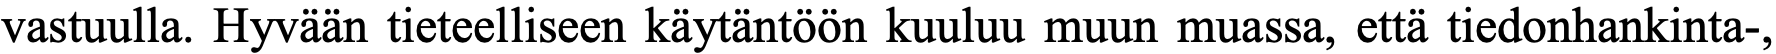
vastuulla. Hyvään tieteelliseen käytäntöön kuuluu muun muassa, että tiedonhankinta-,